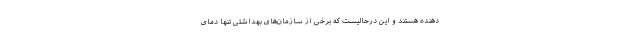
دهنده هستند و این درحالیست که برخی از سازمان‌های بهداشتی تنها دمای